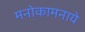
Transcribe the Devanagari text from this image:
मनोकामनाये